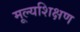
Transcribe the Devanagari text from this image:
मूल्यशिक्षण